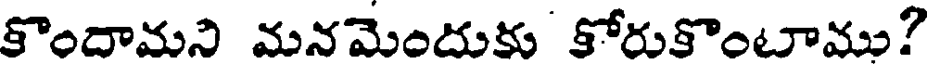
కొందామని మనమెందుకు కోరుకొంటాము?